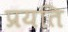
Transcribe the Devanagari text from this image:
प्रयति